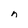
Character: n